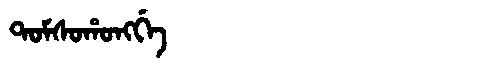
Manchu: ᡨᠣᠮᠰᠣᡥᠣᠩᡤᡝ
Romanization: TOMSOHONGGE